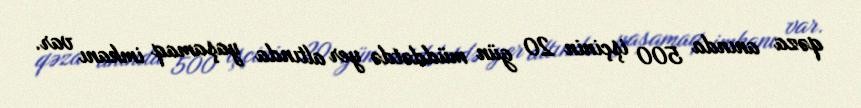
qəza anında 500 işçinin 20 gün müddətdə yer altında yaşamaq imkanı var.